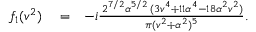
\begin{array} { r l r } { f _ { 1 } ( v ^ { 2 } ) } & { { } = } & { - i \frac { \, 2 ^ { 7 / 2 } \alpha ^ { 5 / 2 } \, ( 3 v ^ { 4 } + 1 1 \alpha ^ { 4 } - 1 8 \alpha ^ { 2 } v ^ { 2 } ) } { \pi ( v ^ { 2 } + \alpha ^ { 2 } ) ^ { 5 } } . } \end{array}